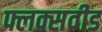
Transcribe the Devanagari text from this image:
फ्लक्सवीड